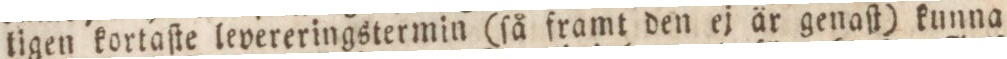
ligen kortaſte levereringstermin (ſå framt den ej är genaſt) kunna